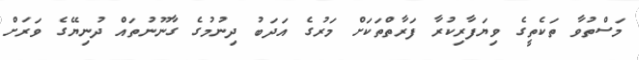
މަސްތުވާ ތަކެތީގެ ވިޔަފާރިކުރާ ފަރާތްތަކަށް މަރުގެ އަދަބު ދިނުމުގެ ގާނޫނުތައް ދުނިޔޭގެ ވަރަށް